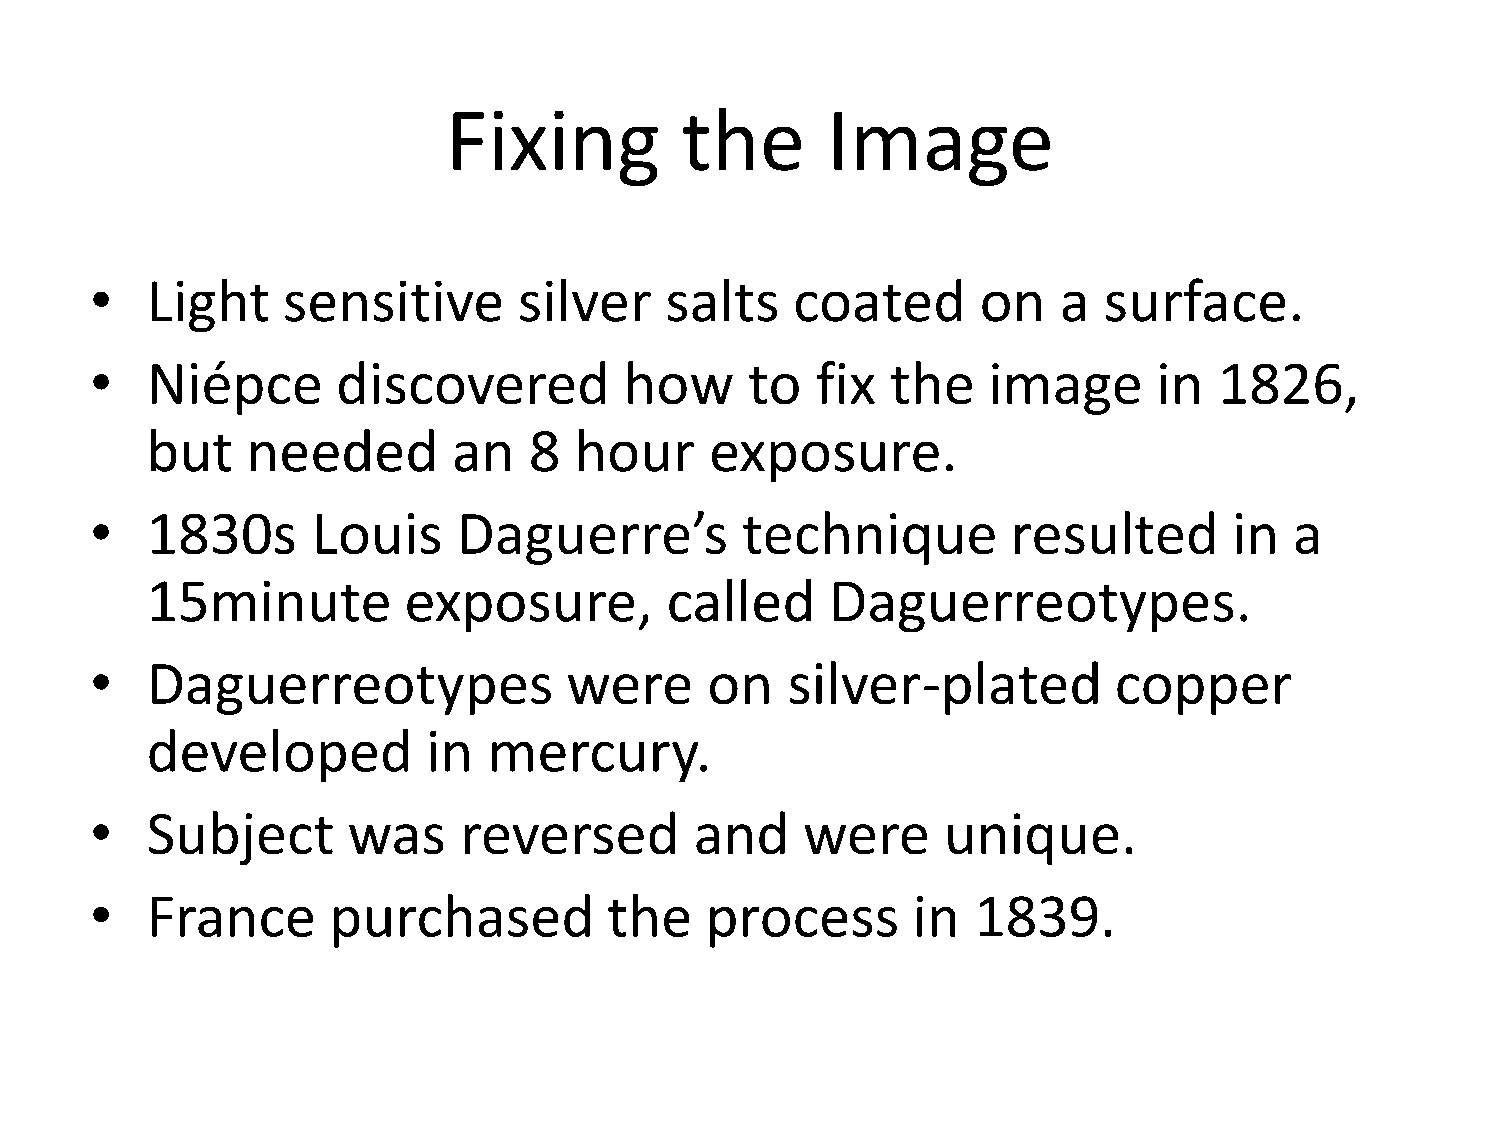
Fixing         the       Image
 •   Light    sensitive      silver    salts    coated      on   a  surface.
 •   Niépce      discovered         how      to  fix  the   image       in  1826,
 but   needed        an   8  hour     exposure.
 •   1830s      Louis    Daguerre’s         technique         resulted       in  a
 15minute         exposure,        called     Daguerreotypes.
 •   Daguerreotypes             were      on   silver-plated         copper
 developed         in  mercury.
 •   Subject      was    reversed        and    were     unique.
 •   France      purchased         the    process      in   1839.